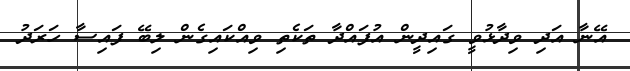
އޭނާ އަދި ވިދާޅުވީ ގައިދީން އުފައްދާ ތަކެތި ވިއްކައިގެން ލިބޭ ފައިސާ ހަރަދު